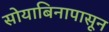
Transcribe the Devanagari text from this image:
सोयाबिनापासून